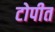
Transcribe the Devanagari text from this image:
टोपीत